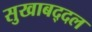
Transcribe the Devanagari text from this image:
सुखाबद्दल